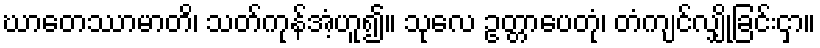
ဃာတေဿာမာတိ၊ သတ်ကုန်အံ့ဟူ၍။ သုလေ ဥတ္တာပေတုံ၊ တံကျင်လျှို့ခြင်းငှာ။